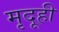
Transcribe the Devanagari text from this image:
मृदूही